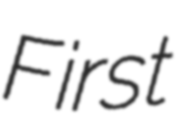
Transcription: First